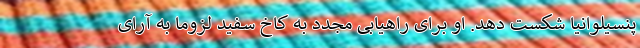
پنسیلوانیا شکست دهد. او برای راهیابی مجدد به کاخ سفید لزوما به آرای